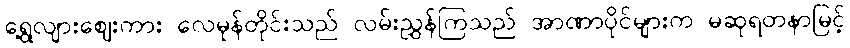
ရွေ့လျားဈေးကား လေမုန်တိုင်းသည် လမ်းညွှန်ကြသည် အာဏာပိုင်များက မဆုရတနာမြင့်